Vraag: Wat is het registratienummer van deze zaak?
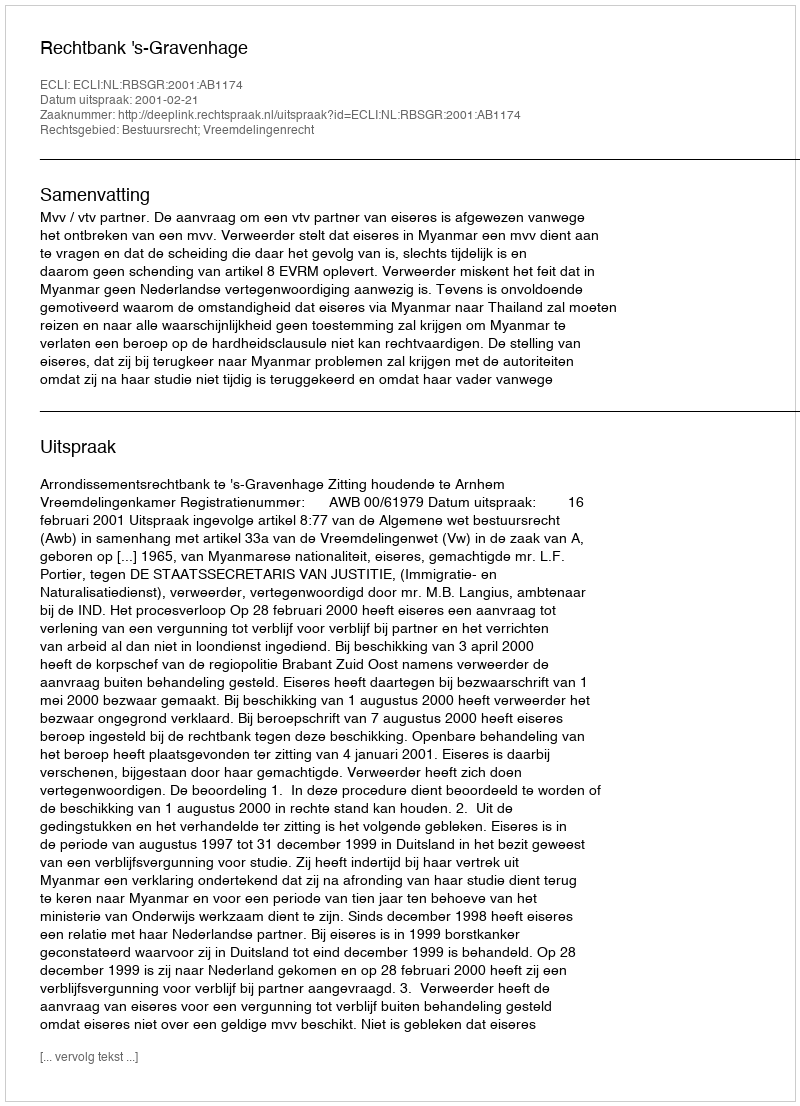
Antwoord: http://deeplink.rechtspraak.nl/uitspraak?id=ECLI:NL:RBSGR:2001:AB1174